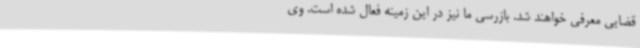
قضایی معرفی خواهند شد. بازرسی ما نیز در این زمینه فعال شده است. وی